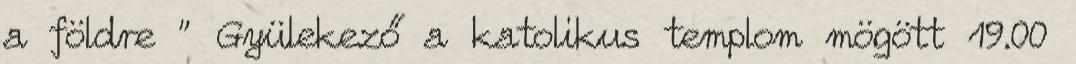
a földre ” Gyülekező a katolikus templom mögött 19.00